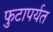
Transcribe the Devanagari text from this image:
फुटापर्यत